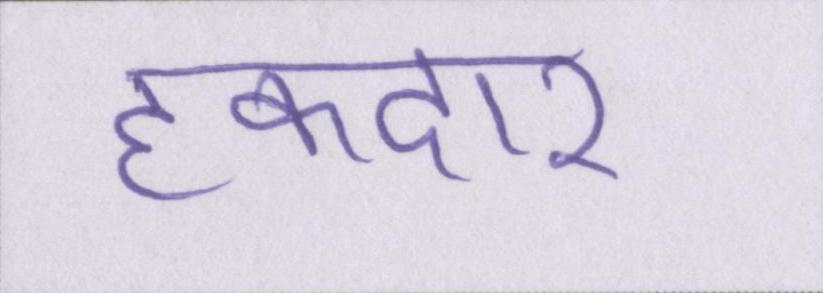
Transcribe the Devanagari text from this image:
हकदार